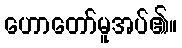
ဟောတော်မူအပ်၏။